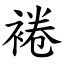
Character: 裷